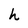
Character: h